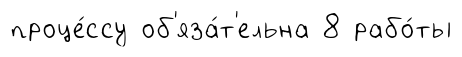
проце́ссу об'яза́т'ельна 8 рабо́ты